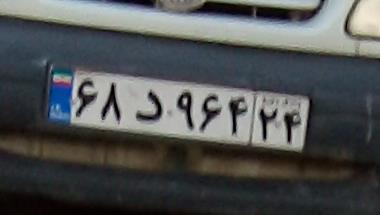
۶۸د۹۶۴۲۴